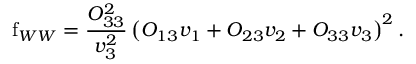
\mathrm { f } _ { W W } = \frac { O _ { 3 3 } ^ { 2 } } { v _ { 3 } ^ { 2 } } \left( O _ { 1 3 } v _ { 1 } + O _ { 2 3 } v _ { 2 } + O _ { 3 3 } v _ { 3 } \right) ^ { 2 } .